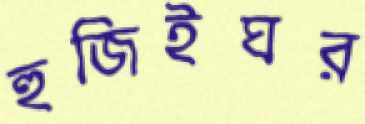
হুজিইঘর